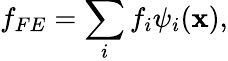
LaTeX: f_{FE}=\sum_{i}f_{i}\psi_{i}(\mathbf{x}),